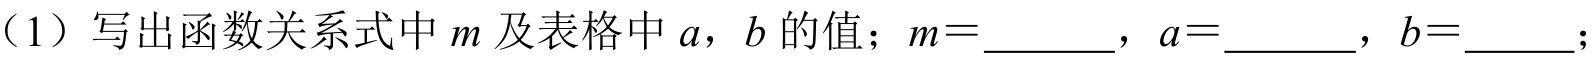
（1）写出函数关系式中\(m\)及表格中\(a\)，\(b\)的值；\(m = \underline{\quad\quad}\)，\(a = \underline{\quad\quad}\)，\(b = \underline{\quad}\)；